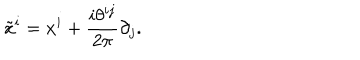
LaTeX: \tilde { x } ^ { i } = x ^ { i } + \frac { i \theta ^ { i j } } { 2 \pi } \partial _ { j } .